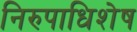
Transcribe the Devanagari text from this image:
निरुपाधिशेष